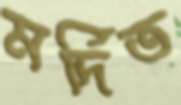
মর্দিত